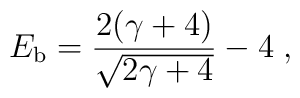
E_{\rm b} = { 2(\gamma+4) \over \sqrt{2\gamma + 4}} - 4 \;,